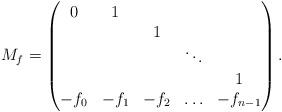
LaTeX: \begin{align*} M_f=\begin{pmatrix} 0&1& & & \\ & &1& & \\ & & &\ddots & \\ & & & &1\\ -f_0&-f_1&-f_2& \ldots& -f_{n-1}\end{pmatrix}.\end{align*}